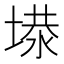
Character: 𡏏